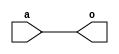
module myand1(input a,
		output o);
	assign o = a;
endmodule 

module myand2(input a, b,
		output o);
	assign o = a & b;
endmodule


module myand3(input a, b, c,
		output o);
	assign o = a & b & c;
endmodule 

module myand4(input a, b, c, d,
		output o);
	assign o = a & b & c & d;
endmodule 

module myand5(input a, b, c, d, e,
		output o);
	assign o = a & b & c & d & e;
endmodule